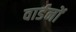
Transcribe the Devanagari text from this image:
वार्डनों